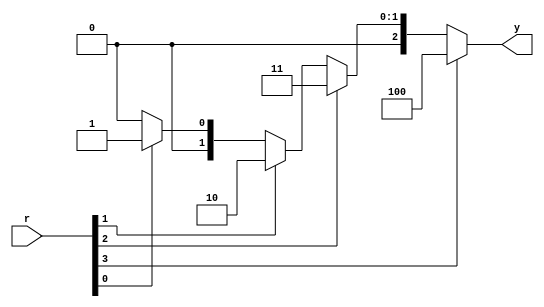
// Listing 3.4
module prio_encoder_if
   (
    input wire [4:1] r,
    output reg [2:0] y
   );

   always @*
      if (r[4]==1'b1)      // can be written as (r[4])
         y = 3'b100;
      else if (r[3]==1'b1) // can be written as (r[3])
         y = 3'b011;
      else if (r[2]==1'b1) // can be written as (r[2])
         y = 3'b010;
      else if (r[1]==1'b1) // can be written as (r[1])
         y = 3'b001;
      else
         y = 3'b000;

endmodule